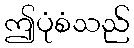
ဤပုံစံသည်